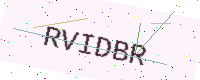
Text: RVIDBR